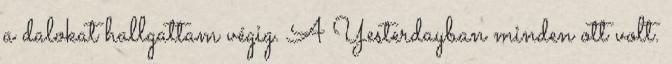
a dalokat hallgattam végig. A Yesterdayban minden ott volt.